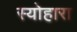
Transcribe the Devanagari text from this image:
स्योहारा